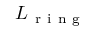
L _ { \mathrm { ~ r ~ i ~ n ~ g ~ } }